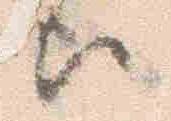
歟